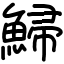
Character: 鯞